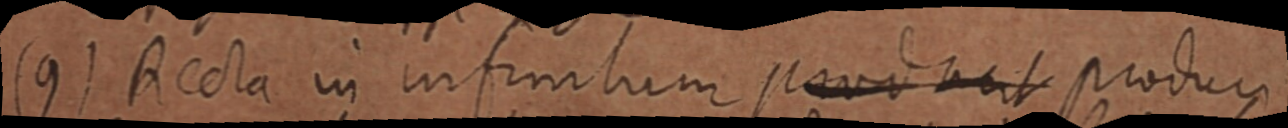
(9) Recta in infinitum producit produci